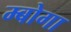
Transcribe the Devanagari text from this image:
म्बोगा